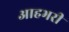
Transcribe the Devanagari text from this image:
आहभरी